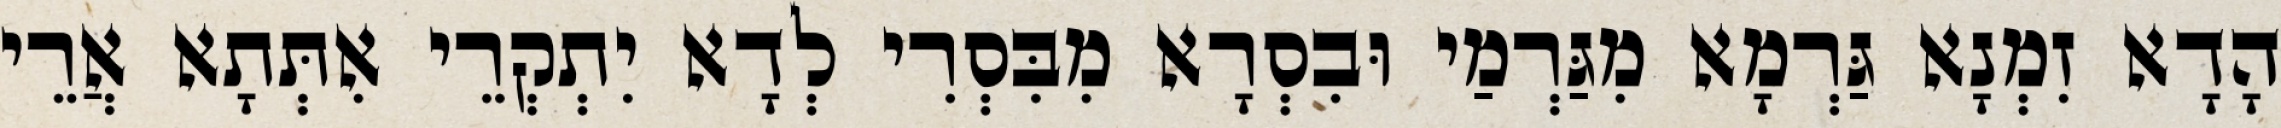
הָדָא זִמְנָא גַּרְמָא מִגַּרְמַי וּבִסְרָא מִבִּסְרִי לְדָא יִתְקְרֵי אִתְּתָא אֲרֵי